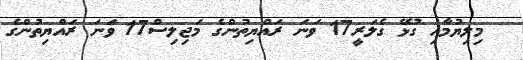
މިލިޔުމާއި ގުޅޭ ގެލަރީ17 ވަނަ ރައްޔިތުންގެ މަޖިލިސް17 ވަނަ ރައްޔިތުންގެ